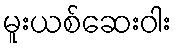
မူးယစ်ဆေးဝါး